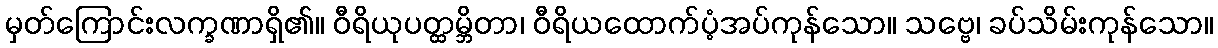
မှတ်ကြောင်းလက္ခဏာရှိ၏။ ဝီရိယုပတ္ထမ္ဘိတာ၊ ဝီရိယထောက်ပံ့အပ်ကုန်သော။ သဗ္ဗေ၊ ခပ်သိမ်းကုန်သော။